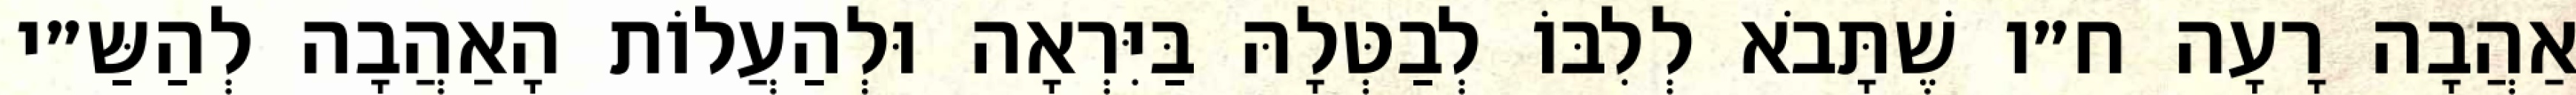
אַהֲבָה רָעָה ח״ו שֶׁתָּבֹא לְלִבּוֹ לְבַטְּלָהּ בַּיִּרְאָה וּלְהַעֲלוֹת הָאַהֲבָה לְהַשַּ״י